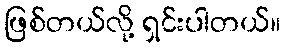
ဖြစ်တယ်လို့ ရှင်းပါတယ်။